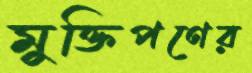
মুক্তিপণের